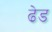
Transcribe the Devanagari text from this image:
ढेड